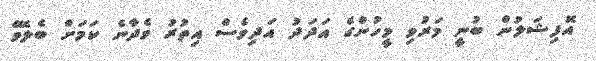
އޮފިޝަލުން ބުނީ މަރުވި މީހުންގެ އަދަދު އަދިވެސް އިތުރު ވެދާނެ ކަމަށް ބެލެވޭ